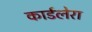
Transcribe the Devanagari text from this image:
कार्डलेरा